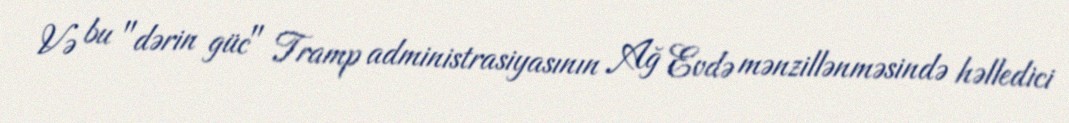
Və bu "dərin güc" Tramp administrasiyasının Ağ Evdə mənzillənməsində həlledici